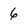
Character: 6